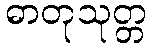
ဓာတုသုတ္တ